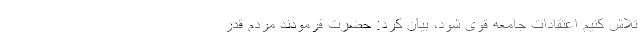
تلاش کنیم اعتقادات جامعه قوی شود، بیان کرد: حضرت فرمودند مردم قدر